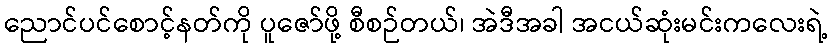
ညောင်ပင်စောင့်နတ်ကို ပူဇော်ဖို့ စီစဉ်တယ်၊ အဲဒီအခါ အငယ်ဆုံးမင်းကလေးရဲ့